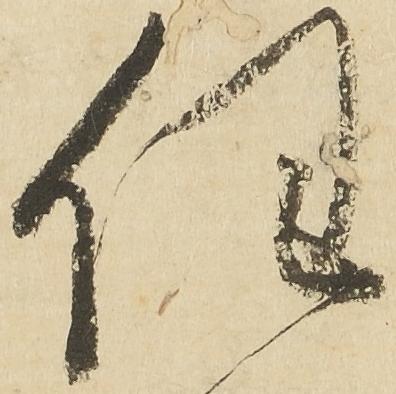
任